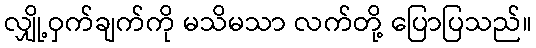
လျှို့ဝှက်ချက်ကို မသိမသာ လက်တို့ ပြောပြသည်။